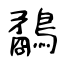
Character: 鷸